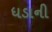
ધડાની